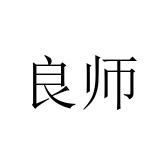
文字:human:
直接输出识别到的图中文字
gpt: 良师